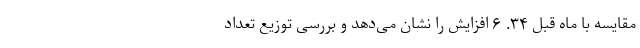
مقایسه با ماه قبل ۳۴. ۶ افزایش را نشان می‌دهد و بررسی توزیع تعداد